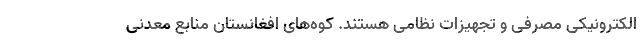
الکترونیکی مصرفی و تجهیزات نظامی هستند. کوه‌های افغانستان منابع معدنی